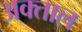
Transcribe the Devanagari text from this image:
अक्ताल